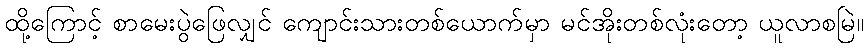
ထို့ကြောင့် စာမေးပွဲဖြေလျှင် ကျောင်းသားတစ်ယောက်မှာ မင်အိုးတစ်လုံးတော့ ယူလာစမြဲ။